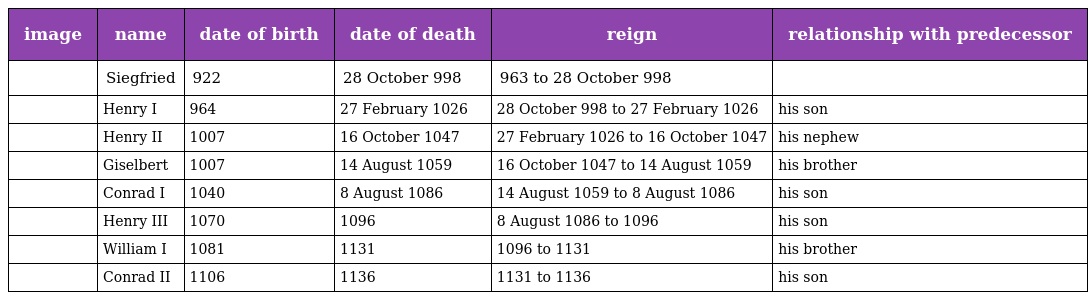
| image | name | date of birth | date of death | reign | relationship with predecessor |
 | --- | --- | --- | --- | --- | --- |
 |  | Siegfried | 922 | 28 October 998 | 963 to 28 October 998 |  |
 |  | Henry I | 964 | 27 February 1026 | 28 October 998 to 27 February 1026 | his son |
 |  | Henry II | 1007 | 16 October 1047 | 27 February 1026 to 16 October 1047 | his nephew |
 |  | Giselbert | 1007 | 14 August 1059 | 16 October 1047 to 14 August 1059 | his brother |
 |  | Conrad I | 1040 | 8 August 1086 | 14 August 1059 to 8 August 1086 | his son |
 |  | Henry III | 1070 | 1096 | 8 August 1086 to 1096 | his son |
 |  | William I | 1081 | 1131 | 1096 to 1131 | his brother |
 |  | Conrad II | 1106 | 1136 | 1131 to 1136 | his son |